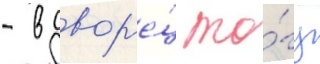
- в двор'е́ц то́гу